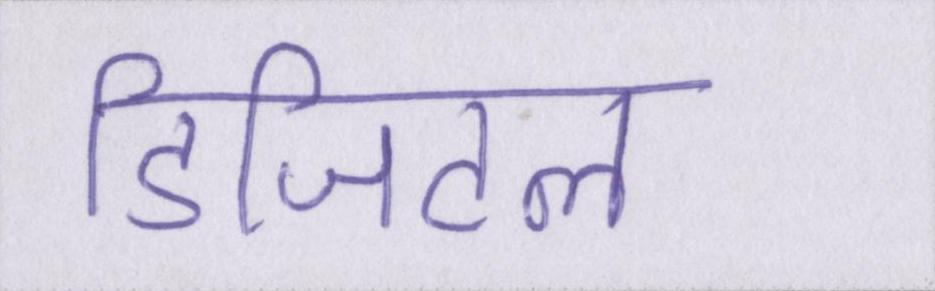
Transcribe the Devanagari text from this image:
डिजिटल